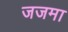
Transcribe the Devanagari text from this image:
जजमा